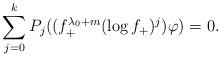
LaTeX: \begin{align*}\sum_{j=0}^{k} P_j((f_+^{\lambda_0+m}(\log f_+)^j) \varphi) = 0 .\end{align*}